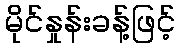
မိုင်နှုန်းခန့်ဖြင့်